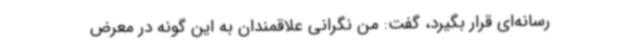
رسانه‌ای قرار بگیرد، گفت: من نگرانی علاقمندان به این گونه در معرض